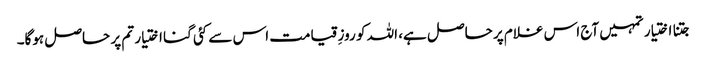
جتنا اختیار تمہیں آج اس غلام پر حاصل ہے، اللہ کو روزِ قیامت اس سے کئی گنا اختیار تم پر حاصل ہوگا۔